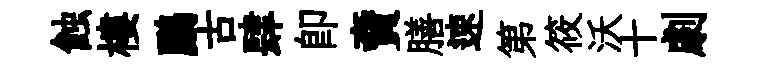
蝕樓鸝古肆即𧶠膳速第筱沃十劇